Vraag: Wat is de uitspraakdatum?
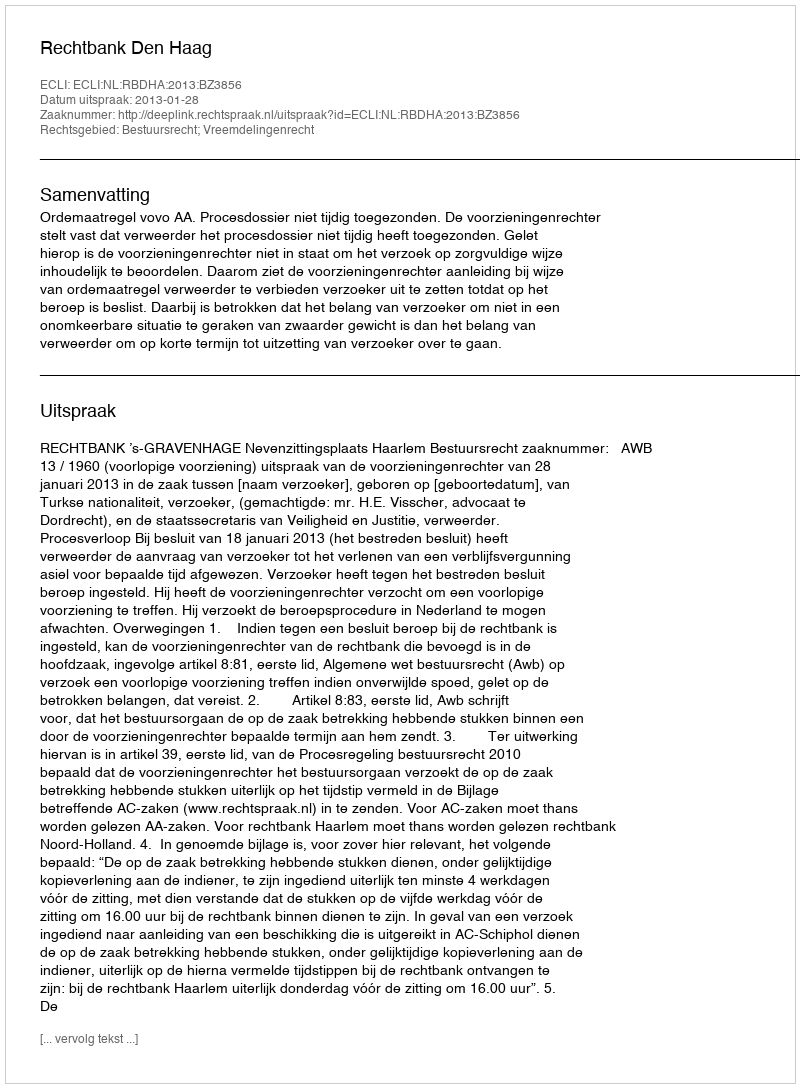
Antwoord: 2013-01-28